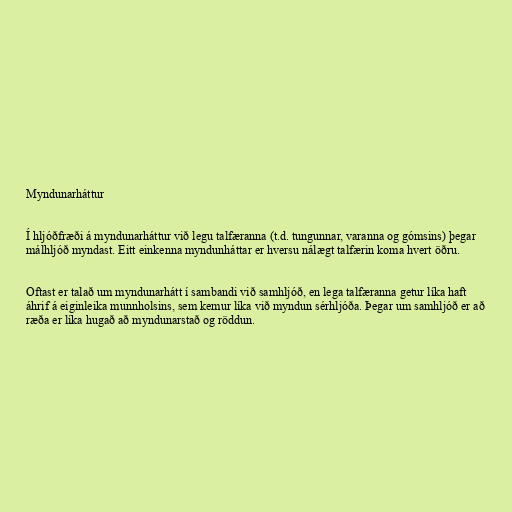
Myndunarháttur

Í hljóðfræði á myndunarháttur við legu talfæranna (t.d. tungunnar, varanna og gómsins) þegar
málhljóð myndast. Eitt einkenna myndunháttar er hversu nálægt talfærin koma hvert öðru.

Oftast er talað um myndunarhátt í sambandi við samhljóð, en lega talfæranna getur líka haft
áhrif á eiginleika munnholsins, sem kemur líka við myndun sérhljóða. Þegar um samhljóð er að
ræða er líka hugað að myndunarstað og röddun.